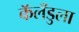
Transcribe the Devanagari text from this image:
कॅलँडुला